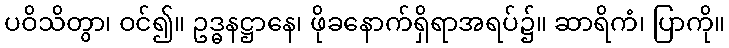
ပဝိသိတွာ၊ ဝင်၍။ ဥဒ္ဓနဋ္ဌာနေ၊ ဖိုခနောက်ရှိရာအရပ်၌။ ဆာရိကံ၊ ပြာကို။